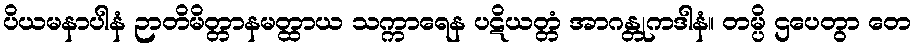
ပိယမနာပါနံ ဉာတိမိတ္တာနမတ္ထာယ သက္ကာရေန ပဋိယတ္တံ အာဂန္တုကဒါနံ။ တမ္ပိ ဌပေတွာ တေ